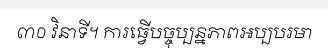
៣០ វិនាទី។ ការធ្វើបច្ចុប្បន្នភាពអប្បបរមា